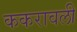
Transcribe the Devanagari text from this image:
ककरावली